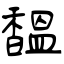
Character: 馧